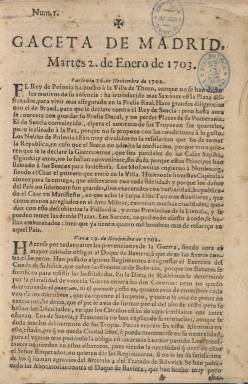
Título: Gaceta de Madrid (1697)
Otros títulos: Gazeta de Madrid || Gazeta extraordinaria de Madrid || Gaceta extraordinaria de Madrid || Gaceta del Gobierno || Gazeta de Madrid bajo el gobierno de la Regencia de las Españas
Colección: Gacetas
Ámbito geográfico: Madrid
Lugar de publicación: Madrid
Fechas: 02/01/1703-31/12/1833

Digitalizados los años 1703-1706, 1709-1710, 1714 (solo 25 sept.), 1764, 1766, 1793 (en.-jun.), 1802 (jul.-dic.), 1806 (en.-jun.), 1808 (en.-jun.) y 1833. El resto de los ejemplares se pueden consultar en la colección del Boletín Oficial del Estado.